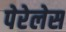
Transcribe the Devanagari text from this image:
पेरेलेस